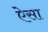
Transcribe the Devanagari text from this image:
ऐेसा